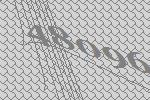
48096